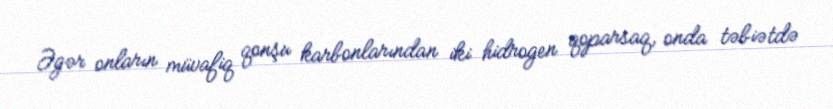
Əgər onların müvafiq qonşu karbonlarından iki hidrogen qoparsaq, onda təbiətdə